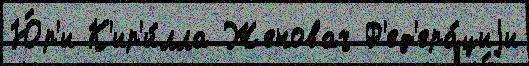
Ю́р'и К'ир'и́лла Женовач Ф'ед'ера́циjи